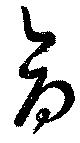
命